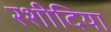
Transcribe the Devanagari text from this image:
रशीदिया